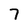
Character: 7